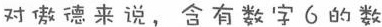
对傲德来说，含有数字6的数